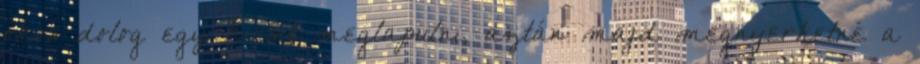
okos dolog egy kicsit meglapulni, aztán majd megnyerhetné a